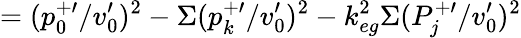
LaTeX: =(p_{0}^{+\prime}/v_{0}^{\prime})^{2}-\Sigma(p_{k}^{+\prime}/v_{0}^{\prime})^{2}-k_{eg}^{2}\Sigma(P_{j}^{+\prime}/v_{0}^{\prime})^{2}